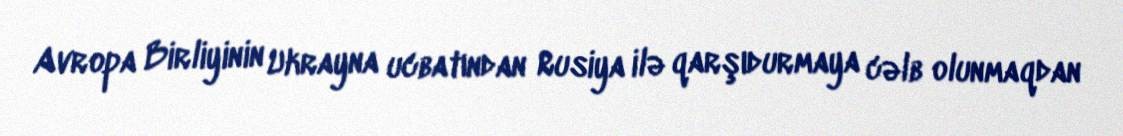
Avropa Birliyinin Ukrayna ucbatından Rusiya ilə qarşıdurmaya cəlb olunmaqdan